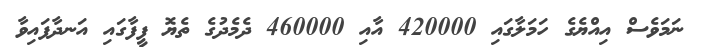
ނަމަވެސް އިއްޔެގެ ހަމަލާގައި 420000 އާއި 460000 ދެމެދުގެ ތެޔޮ ފީފާގައި އަނދާފައިވާ